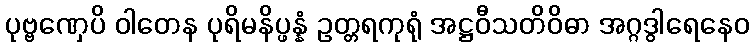
ပုဗ္ဗဏှေပိ ဝါတေန ပုရိမနိပ္ဖန္နံ ဥတ္တရကုရုံ အဋ္ဌဝီသတိဝိဓာ အဂ္ဂဒွါရေနေဝ